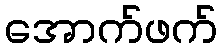
အောက်ဖက်